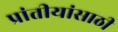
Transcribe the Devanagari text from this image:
प्रांतीयांसाठी